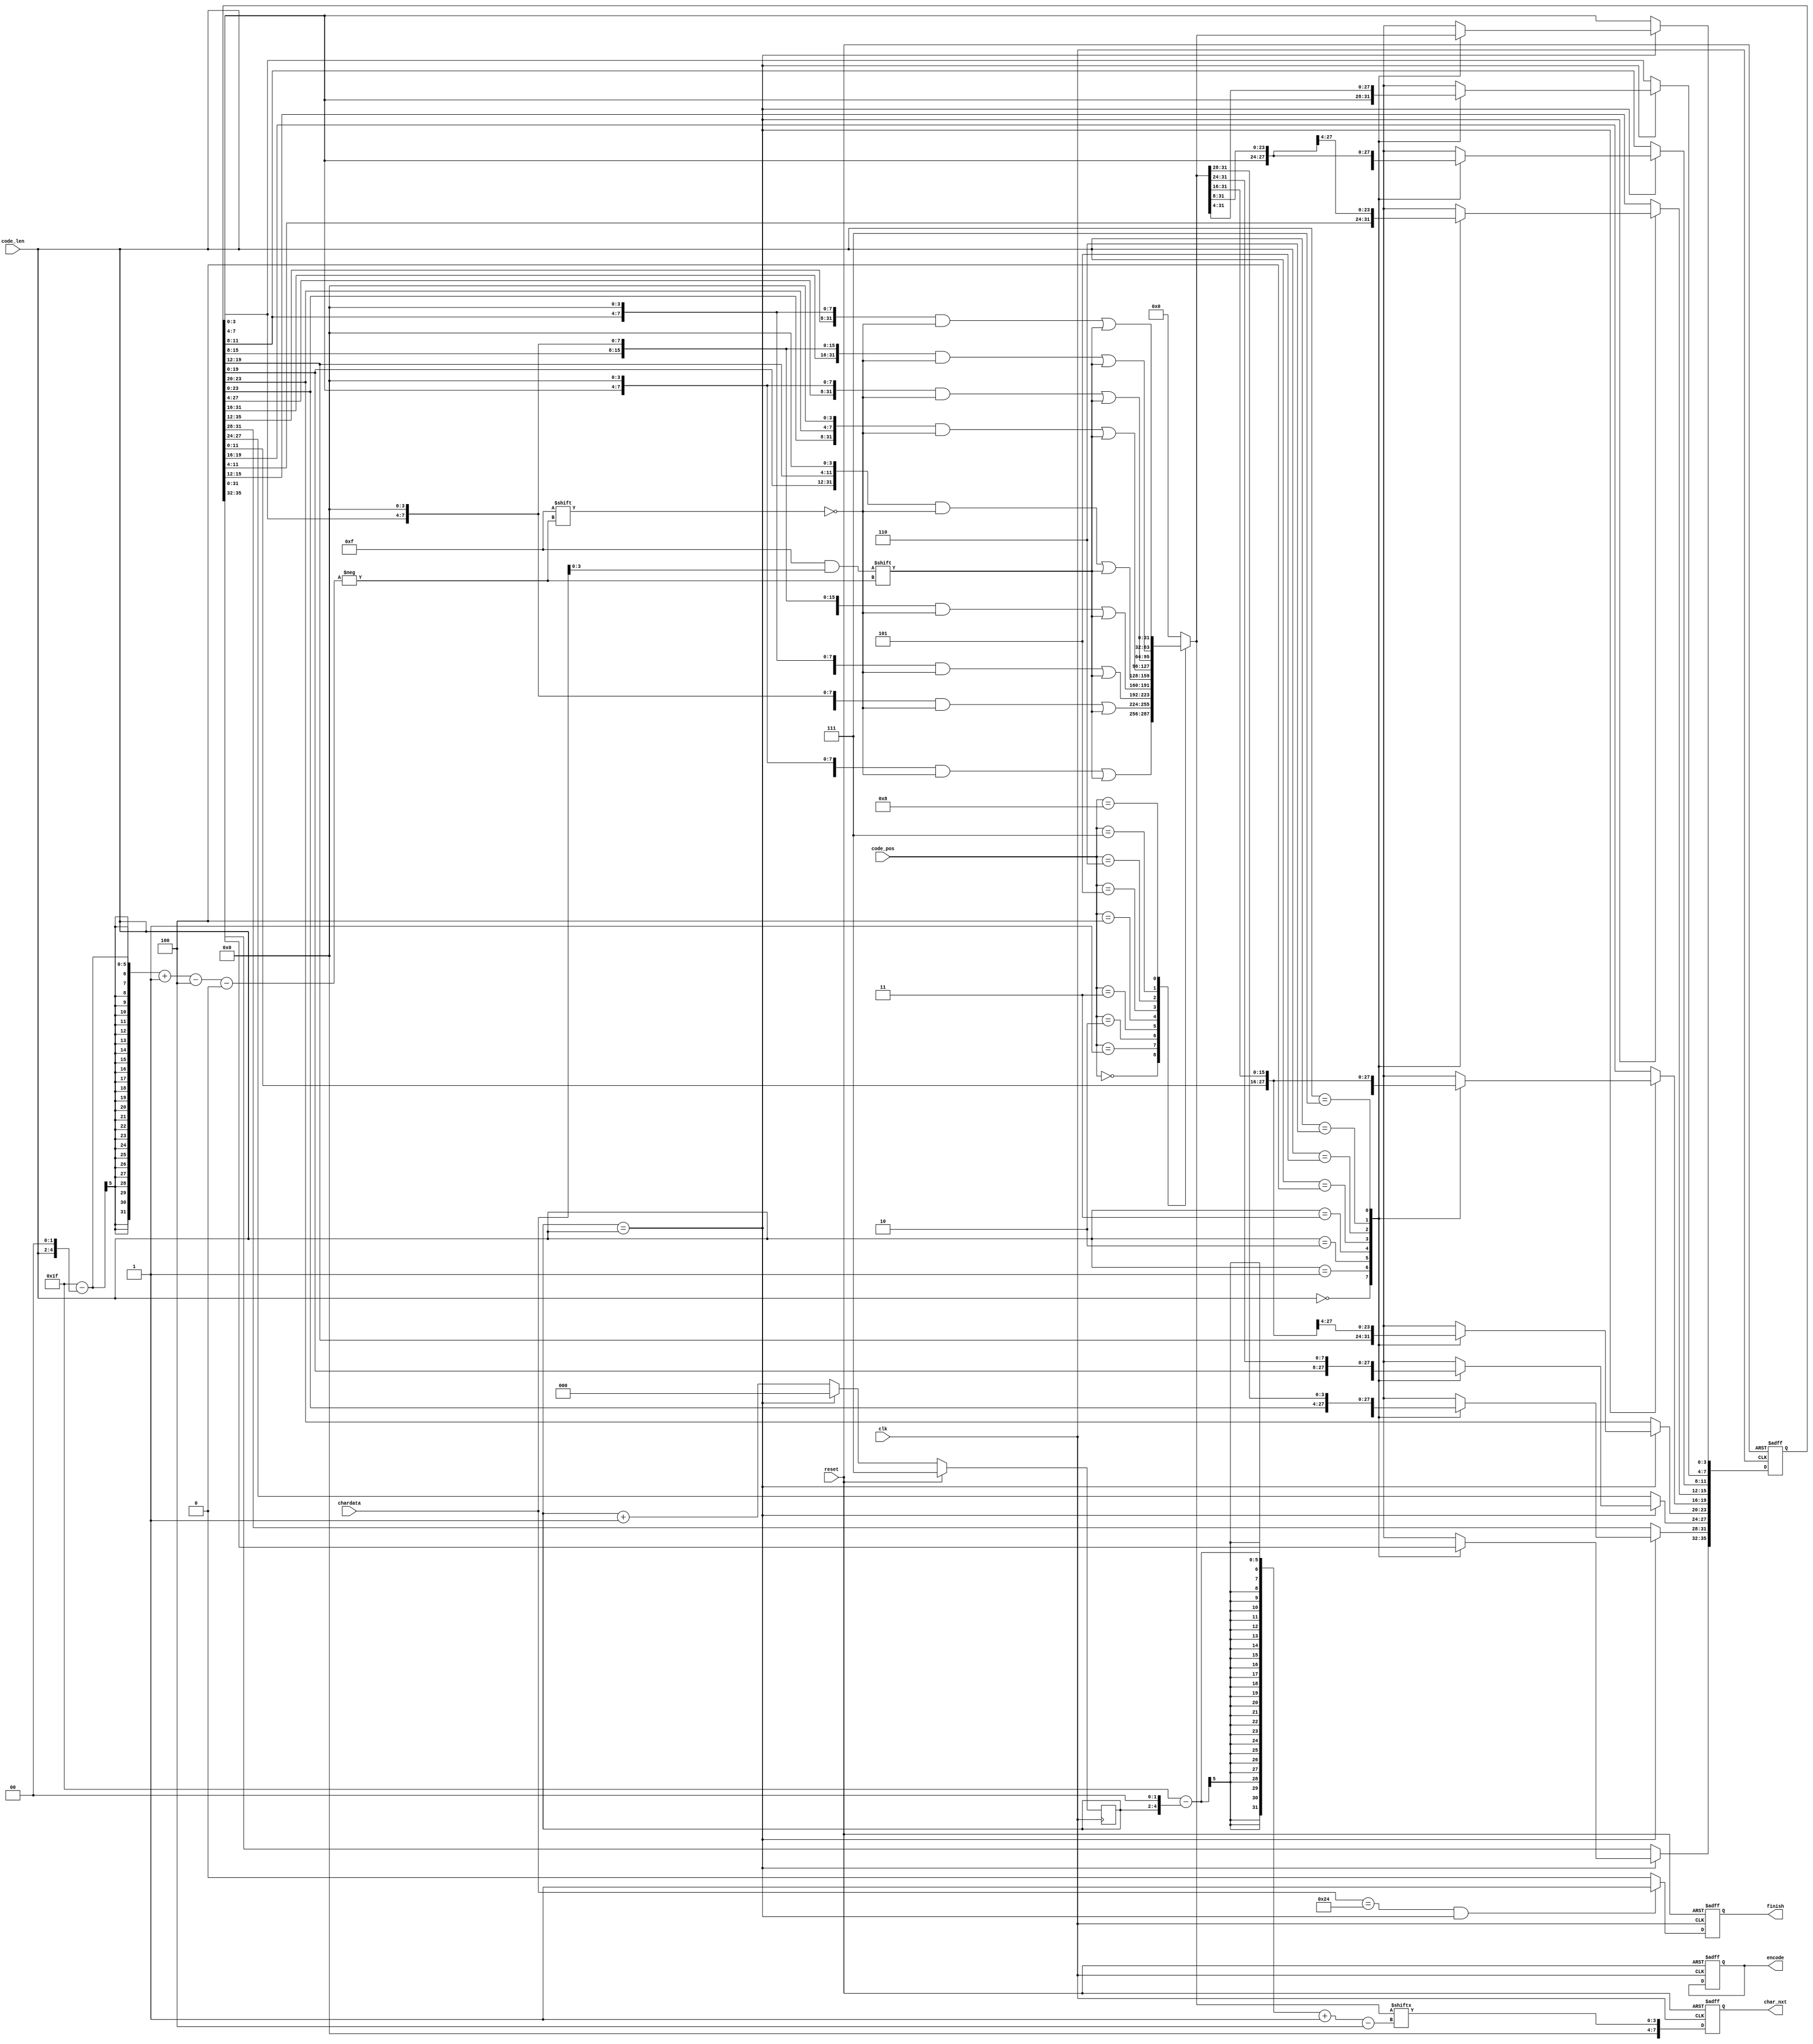
module LZ77_Decoder(clk,reset,code_pos,code_len,chardata,encode,finish,char_nxt);

input 				clk;
input 				reset;
input 		[3:0] 	code_pos;
input 	    [2:0] 	code_len;
input 		[7:0] 	chardata;
output  reg			encode;
output  reg			finish;
output 	reg [7:0] 	char_nxt;


/*
	Write Your Design Here ~
*/


reg [35:0] search_buffer;
reg [31:0] buffer; //
reg [2:0] count;

always@(posedge clk or posedge reset)begin
	if(reset)begin
		encode <= 1'd0;
		finish <= 1'd0;
		search_buffer <= 36'd0;
		char_nxt <= 8'd0;
	end
	else begin
		char_nxt <= {4'd0 , buffer[31-((count)<<<2) -: 4]};
		finish <= (chardata==8'h24 && count==code_len)? 1'd1 : 1'd0;
		if(count==code_len)begin
			case(code_len)
				3'd0 : begin
					search_buffer[35:4] <= search_buffer[31:0];
					search_buffer[3:0] <= buffer[31:28];
				end
				3'd1 : begin
					search_buffer[35:8] <= search_buffer[27:0];
					search_buffer[7:0] <= buffer[31:24];
				end
				3'd2 : begin
					search_buffer[35:12] <= search_buffer[23:0];
					search_buffer[11:0] <= buffer[31:20];
				end
				3'd3 : begin
					search_buffer[35:16] <= search_buffer[19:0];
					search_buffer[15:0] <= buffer[31:16];
				end
				3'd4 : begin
					search_buffer[35:20] <= search_buffer[15:0];
					search_buffer[19:0] <= buffer[31:12];
				end
				3'd5 : begin
					search_buffer[35:24] <= search_buffer[11:0];
					search_buffer[23:0] <= buffer[31:8];
				end
				3'd6 : begin
					search_buffer[35:28] <= search_buffer[7:0];
					search_buffer[27:0] <= buffer[31:4];
				end
				3'd7 : begin
					search_buffer[35:32] <= search_buffer[3:0];
					search_buffer[31:0] <= buffer;
				end
			endcase
		end
	end
end

always@(negedge clk)begin
	if(reset)begin
		count <= 3'd7;
	end
	else begin
		count <= (count==code_len)? 3'd0 : count + 3'd1;
	end
end

always@(*)begin
	case(code_pos)
	4'd0 : begin
		buffer = {search_buffer[3:0] , search_buffer[3:0] , search_buffer[3:0] , search_buffer[3:0] , 
		          search_buffer[3:0] , search_buffer[3:0] , search_buffer[3:0] , 4'd0};
		buffer[31 - (code_len<<<2) -: 4] = chardata[3:0];
	end
	4'd1 : begin
		buffer = {search_buffer[7:0] , search_buffer[7:0] , search_buffer[7:0] , search_buffer[7:4] , 4'd0};
		buffer[31 - (code_len<<<2) -: 4] = chardata[3:0];
	end
	4'd2 : begin
		buffer = {search_buffer[11:0] , search_buffer[11:0] , search_buffer[11:8] , 4'd0};
		buffer[31 - (code_len<<<2) -: 4] = chardata[3:0];
	end
	4'd3 : begin
		buffer = {search_buffer[15:0] , search_buffer[15:4] , 4'd0};
		buffer[31 - (code_len<<<2) -: 4] = chardata[3:0];
	end
	4'd4 : begin
		buffer = {search_buffer[19:0] , search_buffer[19:12] , 4'd0};
		buffer[31 - (code_len<<<2) -: 4] = chardata[3:0];
	end
	4'd5 : begin
		buffer = {search_buffer[23:0] , search_buffer[23:20] , 4'd0};
		buffer[31 - (code_len<<<2) -: 4] = chardata[3:0];
	end
	4'd6 : begin
		buffer = {search_buffer[27:0] , 4'd0};
		buffer[31 - (code_len<<<2) -: 4] = chardata[3:0];
	end
	4'd7 : begin
		buffer = {search_buffer[31:4] , 4'd0};
		buffer[31 - (code_len<<<2) -: 4] = chardata[3:0];
	end
	4'd8 : begin
		buffer = {search_buffer[35:8] , 4'd0};
		buffer[31 - (code_len<<<2) -: 4] = chardata[3:0];
	end
	default : begin
		buffer = 28'd0;
	end
	endcase

end

endmodule